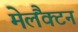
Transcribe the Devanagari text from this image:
मेलैंक्टन